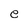
Character: e